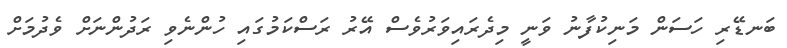
ބަނޑޭރި ހަސަން މަނިކުފާނު ވަނީ މިދެރައިވަރުވެސް އޭރު ރަސްކަމުގައި ހުންނެވި ރަދުންނަށް ވެދުމަށް